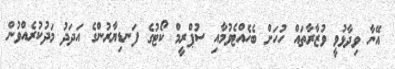
އޭނާ ވިދާޅުވީ ވުޒާރާތައް ހުހަށް ބެހެއްޓެވުމާއި ސުޕްރީމް ކޯޓުގެ ފަނޑިޔާރުންގެ އަދަދު މަދުކުރެއްވުން